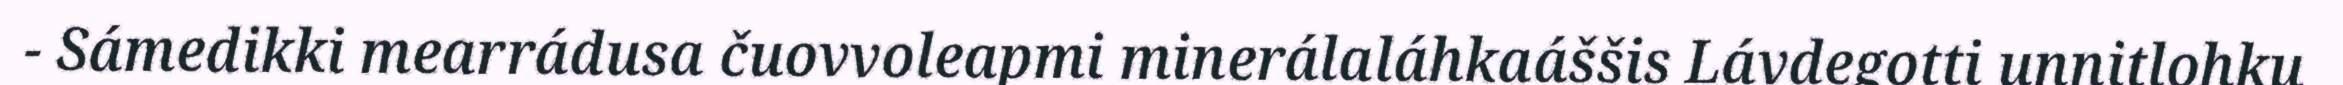
- Sámedikki mearrádusa čuovvoleapmi minerálaláhkaáššis Lávdegotti unnitlohku